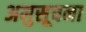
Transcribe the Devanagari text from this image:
अनुसूचना